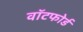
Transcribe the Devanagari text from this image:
वॉटफोर्ड